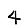
Digit: 4